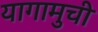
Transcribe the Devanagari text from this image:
यागामुची